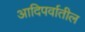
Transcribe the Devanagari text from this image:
आदिपर्वातील